Report of an investigation of the epidemic of malarial fever in Assam, or, kala-azar
Disease focus: Malaria
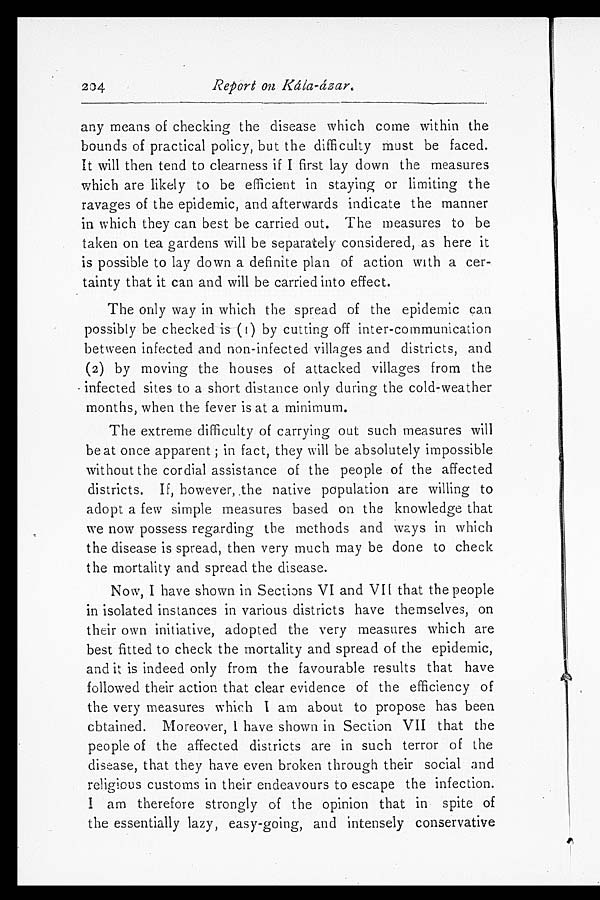
204
Report on Kála-ázar.
any means of checking the disease which come within the
bounds of practical policy, but the difficulty must be faced.
It will then tend to clearness if I first lay down the measures
which are likely to be efficient in staying or limiting the
ravages of the epidemic, and afterwards indicate the manner
in which they can best be carried out. The measures to be
taken on tea gardens will be separately considered, as here it
is possible to lay down a definite plan of action with a cer-
tainty that it can and will be carried into effect.
The only way in which the spread of the epidemic can
possibly be checked is (1) by cutting off inter-communication
between infected and non-infected villages and districts, and
(2) by moving the houses of attacked villages from the
infected sites to a short distance only during the cold-weather
months, when the fever is at a minimum.
The extreme difficulty of carrying out such measures will
be at once apparent ; i n fact , t hey wi l l be absol ut el y i mpossi bl e
without the cordial assistance of the people of the affected
districts. If, however, the native population are willing to
adopt a few simple measures based on the knowledge that
we now possess regarding the methods and ways in which
the disease is spread, then very much may be done to check
the mortality and spread the disease.
Now, I have shown in Sections VI and VII that the people
in isolated instances in various districts have themselves, on
their own initiative, adopted the very measures which are
best fitted to check the mortality and spread of the epidemic,
and it is indeed only from the favourable results that have
followed their action that clear evidence of the efficiency of
the very measures which I am about to propose has been
obtained. Moreover, I have shown in Section VII that the
people of the affected districts are in such terror of the
disease, that they have even broken through their social and
religious customs in their endeavours to escape the infection.
I am therefore strongly of the opinion that in spite of
the essentially lazy, easy-going, and intensely conservative